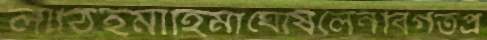
লাঠিইমাহিমাঘোষলেনবিগতপ্র